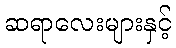
ဆရာလေးများနှင့်